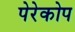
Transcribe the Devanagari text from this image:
पेरेकोप